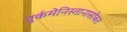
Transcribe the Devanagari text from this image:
तुर्कमेनिस्तानासोबत